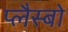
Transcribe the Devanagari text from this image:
प्लैस्बो